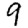
Digit: 9